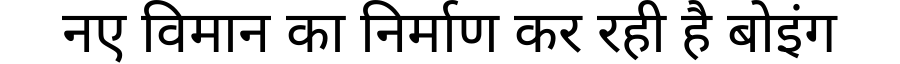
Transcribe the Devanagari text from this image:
नए विमान का निर्माण कर रही है बोइंग